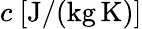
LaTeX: c\ [\mathrm{J/(kg\, K)}]